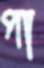
পা